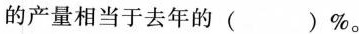
的产量相当于去年的()%。